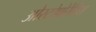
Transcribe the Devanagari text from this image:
ओस्टोपोरेसिस